Bréfritari: Jón Eldon Erlendsson
Dagsetning: A-1889-05-17
Skrifað á: Vesturheimi

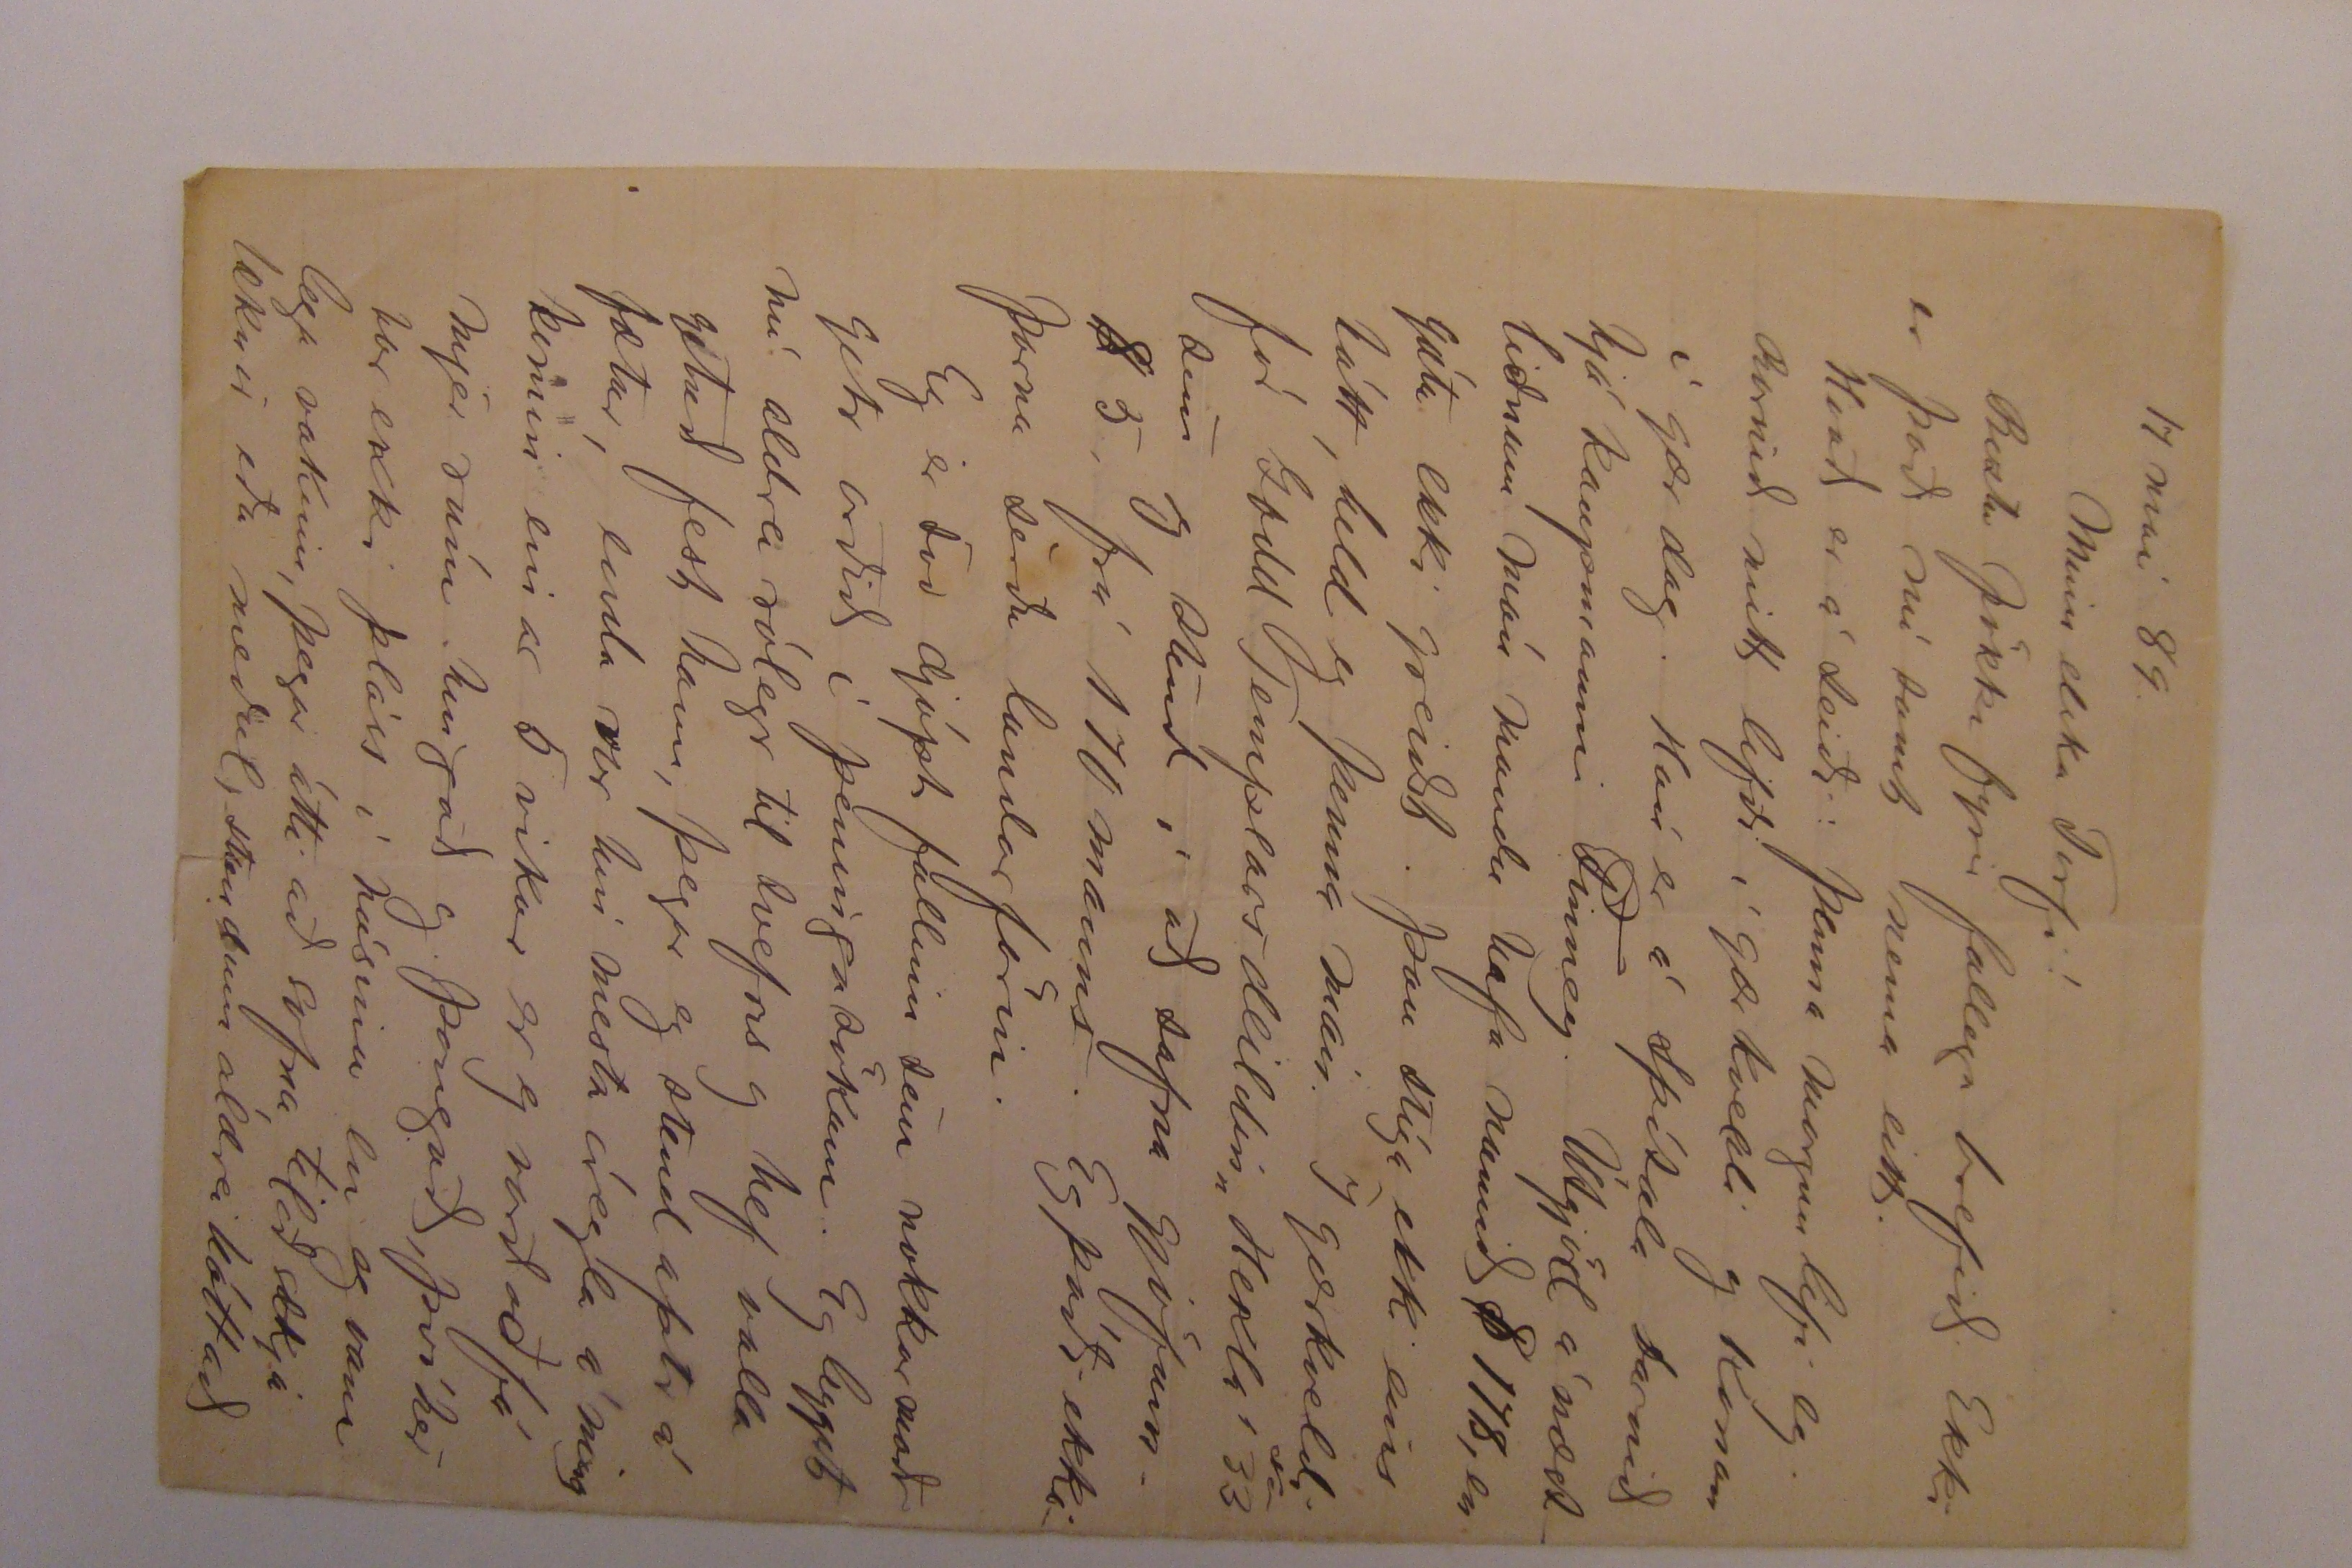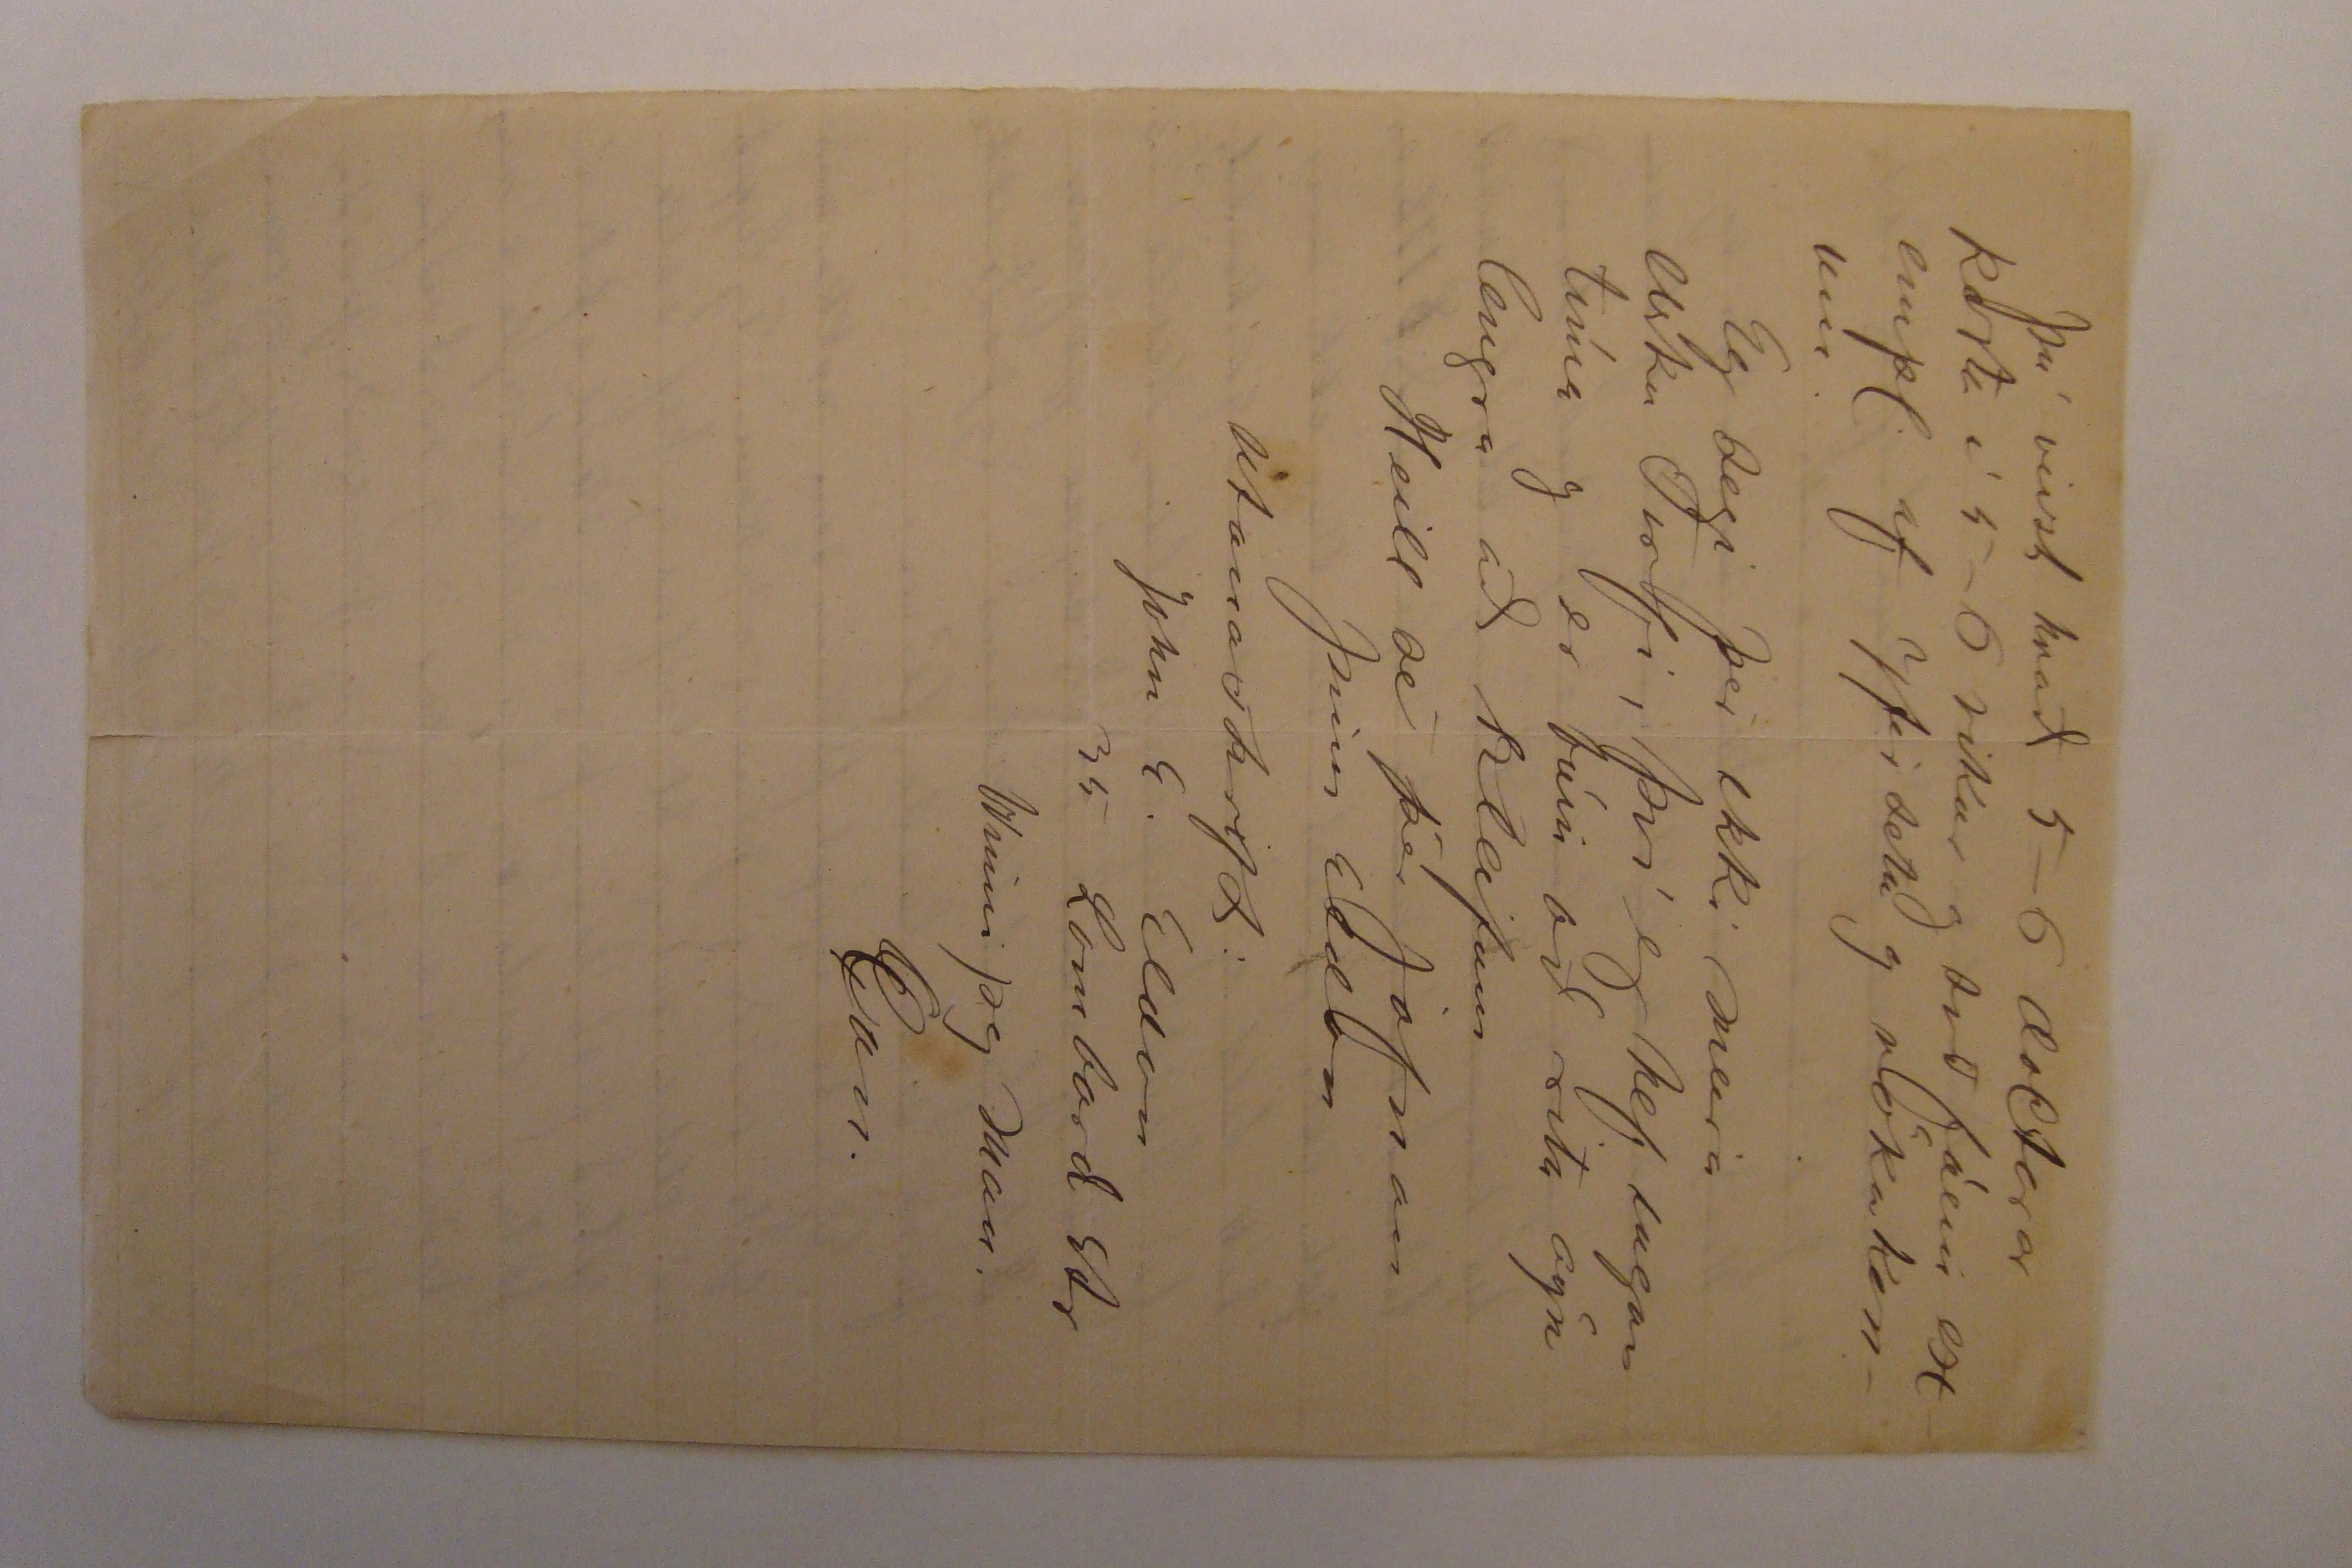

17 mai 89.
Minn elsku Torfi!
Bestu þökk fyrir fallega brefið. Ekki er það nú samt nema eitt.
Hvað er á seiði: þenna morgun lifi eg. Barnið mitt lifði í gærkveldi og konan í gærdag. Hún er á Spítala barnið hjá kaupmanni Finney. Útgjöld á næstliðnum mán mundu hafa numið $178, en gátu ekki greiðst. Þau stíga ekki eins hátt, held eg þenna mán. Í gærkveldi fór Good Templarsdeildin „Hekla" 33 sem eg stendí að safna gjöfum. $5, frá 170 manns. Eg þáði ekki þarna sérðu
lundarförin
.
Eg er svo djúpt fallinn sem nokkur maðr getr orðið í peningasökum. Eg leggst nú aldrei rólegr til svefns og hef valla getað fest hann, þegar eg stend aptr á fætur, enda svo hin mesta óregla á
mér og
komin einar 5 vikur er eg varð að fá mjer rúm hingað og þangað, því hér var ekki pláss í húsinu en eg vanalega vakinn, þegar átti að sofna til að sækja læknir eða meðul, stundum aldrei háttað
þú veizt hvað 5-6 dollarar kosta í 5-6 vikur og svo fáein 00000 af yfirsetu og vökukonum.
Eg segi þér ekki meira elsku Torfi, því eg hef engan tíma og er búin að rita ögn lengra að Kleifum
Heill sé þér jafnan
þinn Eldon
Utanaskrift: John E. Eldon 35 Lombard Str. Winnipeg Man. Can.